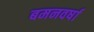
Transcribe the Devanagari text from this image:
बमनवर्षा